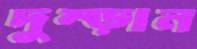
দুম্‌ড়ান